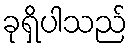
ခုရှိပါသည်